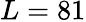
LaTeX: L=81